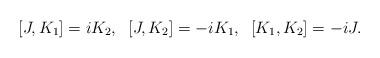
LaTeX: \begin{align*}[J, K_1]= i K_2,\;\;[J, K_2]= -i K_1,\;\;[K_1, K_2]= -i J.\end{align*}